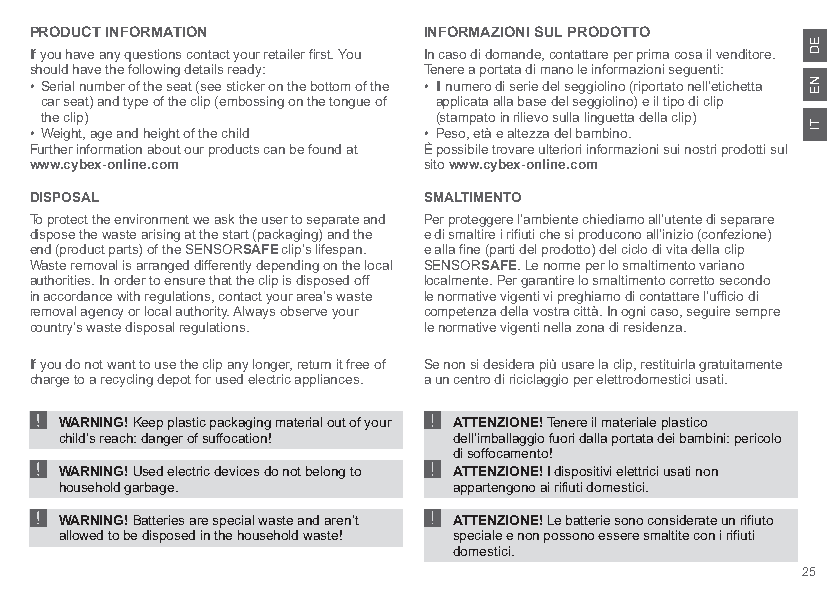
PRODUCT INFORMATION       INFORMAZIONI SUL PRODOTTO
 If you have any questions contact your retailer first. You In caso di domande, contattare per prima cosa il venditore.
 should have the following details ready: Tenere a portata di mano le informazioni seguenti:
 • Serial number of the seat (see sticker on the bottom of the • Il numero di serie del seggiolino (riportato nell’etichetta
 car seat) and type of the clip (embossing on the tongue of applicata alla base del seggiolino) e il tipo di clip
 the clip)                 (stampato in rilievo sulla linguetta della clip)
 • Weight, age and height of the child • Peso, età e altezza del bambino.
 Further information about our products can be found at È possibile trovare ulteriori informazioni sui nostri prodotti sul
 www.cybex-online.com      sito www.cybex-online.com
 DISPOSAL                  SMALTIMENTO
 To protect the environment we ask the user to separate and Per proteggere l’ambiente chiediamo all’utente di separare
 dispose the waste arising at the start (packaging) and the e di smaltire i rifiuti che si producono all’inizio (confezione)
 end (product parts) of the SENSORSAFE clip’s lifespan. e alla fine (parti del prodotto) del ciclo di vita della clip
 Waste removal is arranged differently depending on the local SENSORSAFE. Le norme per lo smaltimento variano
 authorities. In order to ensure that the clip is disposed off localmente. Per garantire lo smaltimento corretto secondo
 in accordance with regulations, contact your area’s waste le normative vigenti vi preghiamo di contattare l’ufficio di
 removal agency or local authority. Always observe your competenza della vostra città. In ogni caso, seguire sempre
 country’s waste disposal regulations. le normative vigenti nella zona di residenza.
 If you do not want to use the clip any longer, return it free of Se non si desidera più usare la clip, restituirla gratuitamente
 !charge to a recycling depot for used electric appliances. !a un centro di riciclaggio per elettrodomestici usati.
 ! WARNING! Keep plastic packaging material out of your ! ATTENZIONE! Tenere il materiale plastico
 child’s reach: danger of suffocation! dell’imballaggio fuori dalla portata dei bambini: pericolo
 di soffocamento!
 ! WARNING! Used electric devices do not belong to ! ATTENZIONE! I dispositivi elettrici usati non
 household garbage.        appartengono ai rifiuti domestici.
 WARNING! Batteries are special waste and aren’t ATTENZIONE! Le batterie sono considerate un rifiuto
 allowed to be disposed in the household waste! speciale e non possono essere smaltite con i rifiuti
 domestici.
 25
 ED
 NE
 TI